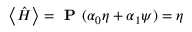
\left\langle \hat { H } \right\rangle = \textbf { P } ( \boldsymbol { \alpha } _ { 0 } \eta + \boldsymbol { \alpha } _ { 1 } \psi ) = \eta